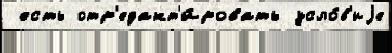
 есть отр'едакт'и́ровать усло́в'иjе